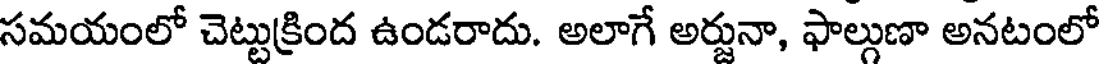
సమయంలో చెట్టుక్రింద ఉండరాదు. అలాగే అర్జునా, ఫాల్గుణా అనటంలో